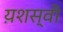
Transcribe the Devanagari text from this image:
य़शस्वी